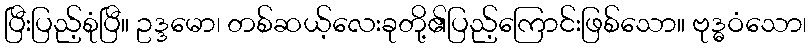
ပြီးပြည့်စုံပြီ။ ဥဒ္ဒမော၊ တစ်ဆယ့်လေးခုတို့၏ပြည့်ကြောင်းဖြစ်သော။ ဗုဒ္ဓဝံသော၊